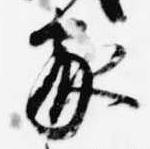
家